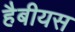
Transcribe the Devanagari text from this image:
हैबीयस